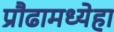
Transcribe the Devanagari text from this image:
प्रौढामध्येहा